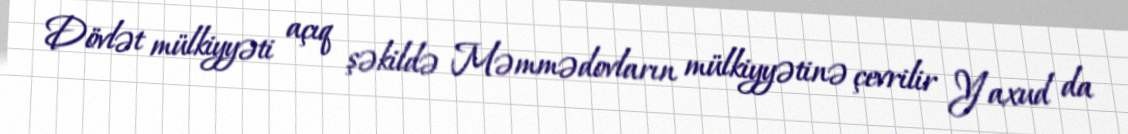
Dövlət mülkiyyəti açıq şəkildə Məmmədovların mülkiyyətinə çevrilir Yaxud da